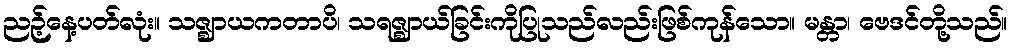
ညဉ့်နေ့ပတ်လုံး။ သဇ္ဈာယကတာပိ၊ သရဇ္ဈာယ်ခြင်းကိုပြုသည်လည်းဖြစ်ကုန်သော။ မန္တာ၊ ဗေဒင်တို့သည်။